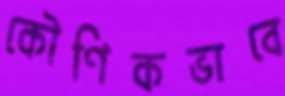
কৌণিকভাবে